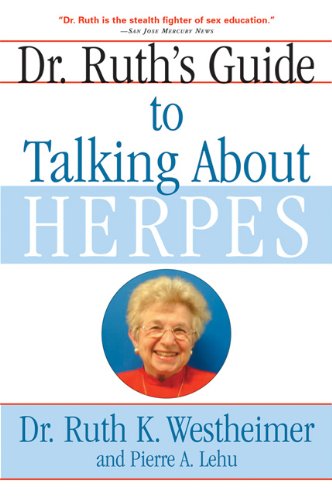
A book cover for Dr. Ruth's Guide to Talking About Herpes; Dr. Ruth K. Westheimer; Health, Fitness & Dieting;